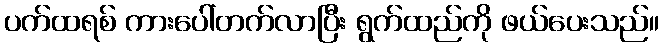
ပက်ထရစ် ကားပေါ်တက်လာပြီး ရွက်ထည်ကို ဖယ်ပေးသည်။